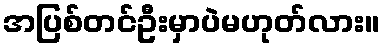
အပြစ်တင်ဦးမှာပဲမဟုတ်လား။